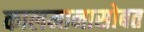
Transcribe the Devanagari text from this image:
कालमानासोबत